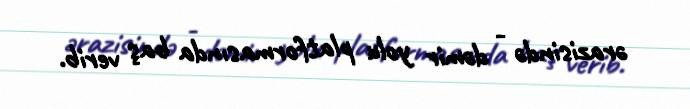
ərazisində - dəmir yolu platformasında baş verib.